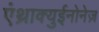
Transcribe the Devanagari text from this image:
एंथ्राक्युईनोनेज़